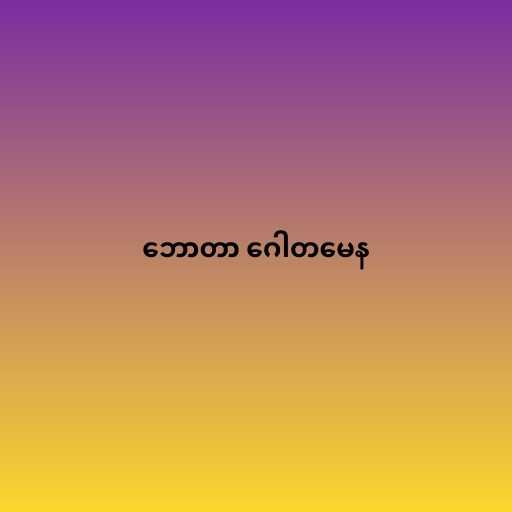
ဘောတာ ဂေါတမေန